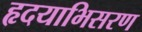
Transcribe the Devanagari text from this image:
हृदयाभिसरण